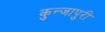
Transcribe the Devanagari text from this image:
कुन्जापुरी